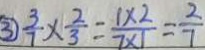
\textcircled { 3 } \frac { 3 } { 7 } \times \frac { 2 } { 3 } = \frac { 1 \times 2 } { 7 \times 1 } = \frac { 2 } { 7 }